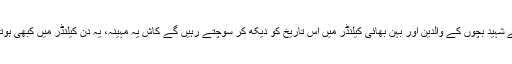
پشاور کے شہید بچوں کے والدین اور بہن بھائی کیلنڈر میں اس تاریخ کو دیکھ کر سوچتے رہیں گے کاش یہ مہینہ، یہ دن کیلنڈر میں کبھی ہوتے ہی نہ۔